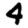
Digit: 4